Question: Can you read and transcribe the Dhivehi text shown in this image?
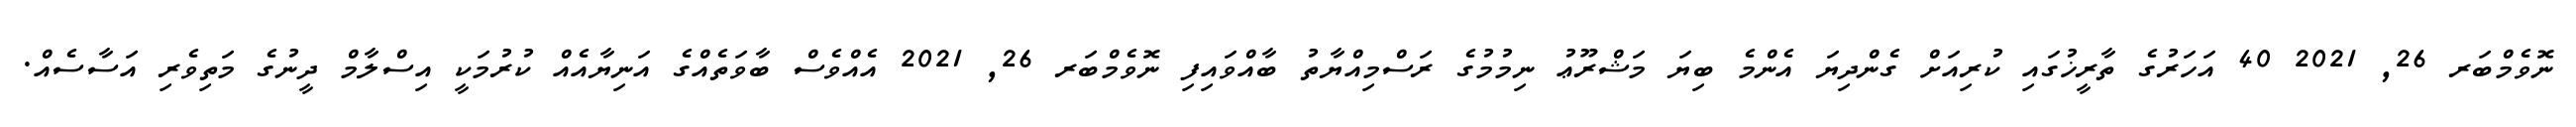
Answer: ނޮވެމްބަރ 26, 2021 40 އަހަރުގެ ތާރީޚުގައި ކުރިއަށް ގެންދިޔަ އެންމެ ބިޔަ މަޝްރޫޢު ނިމުމުގެ ރަސްމިއްޔާތު ބާއްވައިފި ނޮވެމްބަރ 26, 2021 އެއްވެސް ބާވަތެއްގެ އަނިޔާއެއް ކުރުމަކީ އިސްލާމް ދީނުގެ މަތިވެރި އަސާސެއް.